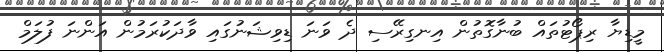
މީޑިޔާ ރިޕޯޓުތައް ބުނާގޮތުން އިނގިރޭސި ދެ ވަނަ ޑިވިޝަނުގައި ވާދަކުރަމުން އަންނަ ފުލަމް